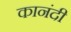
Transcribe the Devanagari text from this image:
कानंदी